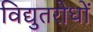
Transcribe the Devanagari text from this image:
विद्युतरोधों